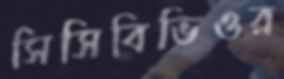
সিসিবিভিওর